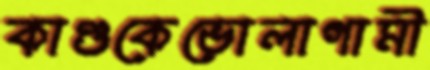
কাণ্ডকেভোলাগামী